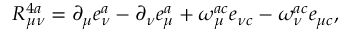
{ \cal R } _ { \mu \nu } ^ { 4 a } = \partial _ { \mu } e _ { \nu } ^ { a } - \partial _ { \nu } e _ { \mu } ^ { a } + \omega _ { \mu } ^ { a c } e _ { \nu c } ^ { } - \omega _ { \nu } ^ { a c } e _ { \mu c } ^ { } ,